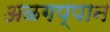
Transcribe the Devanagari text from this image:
अळगप्पान